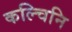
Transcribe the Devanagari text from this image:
कल्चिनि